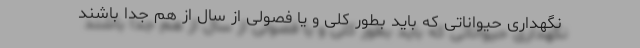
نگهداری حیواناتی که باید بطور کلی و یا فصولی از سال از هم جدا باشند